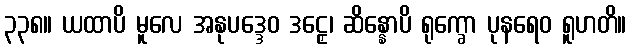
၃၃၈။ ယထာပိ မူလေ အနုပဒ္ဒေဝ ဒဠှေ၊ ဆိန္နောပိ ရုက္ခော ပုနရေဝ ရူဟတိ။